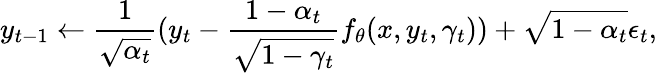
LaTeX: y_{t-1}\leftarrow\frac{1}{\sqrt{\alpha_{t}}}(y_{t}-\frac{1-\alpha_{t}}{\sqrt{1-\gamma_{t}}}f_{\theta}(x,y_{t},\gamma_{t}))+\sqrt{1-\alpha_{t}}\epsilon_{t},